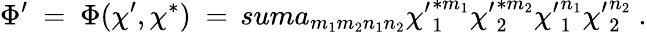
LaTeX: \Phi^{\prime}\ =\ \Phi(\chi^{\prime},\chi^{*})\ =\, suma_{m_{1}m_{2}n_{1}n_{2}}{\chi^{\prime}}_{1}^{*m_{1}}{\chi^{\prime}}_{2}^{*m_{2}}{\chi^{\prime}}_{1}^{n_{1}}{\chi^{\prime}}_{2}^{n_{2}}\ .